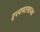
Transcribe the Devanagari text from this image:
दृश्यपटलाच्या